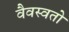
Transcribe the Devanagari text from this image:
वैवस्वतो